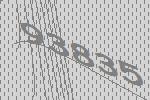
93835